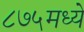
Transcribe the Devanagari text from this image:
८७५मध्ये